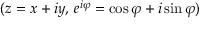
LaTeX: ( z = x + i y , \, e ^ { i \varphi } = \cos \varphi + i \sin \varphi )